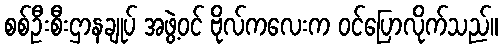
စစ်ဦးစီးဌာနချုပ် အဖွဲ့ဝင် ဗိုလ်ကလေးက ဝင်ပြောလိုက်သည်။